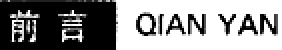
前言 QIAN YAN